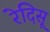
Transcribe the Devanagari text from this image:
रेदिसू